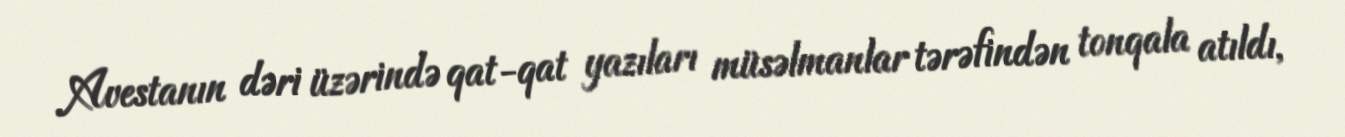
Avestanın dəri üzərində qat-qat yazıları müsəlmanlar tərəfindən tonqala atıldı,